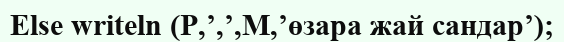
Else writeln (P,’,’,M,’өзара жай сандар’);